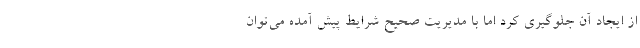
از ایجاد آن جلوگیری کرد اما با مدیریت صحیح شرایط پیش آمده می‌توان